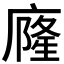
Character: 𭙹